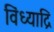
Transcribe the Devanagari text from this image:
विंध्याद्रि